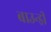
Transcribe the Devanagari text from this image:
बाउन्ड्री